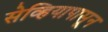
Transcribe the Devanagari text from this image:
सेव्हियापासून